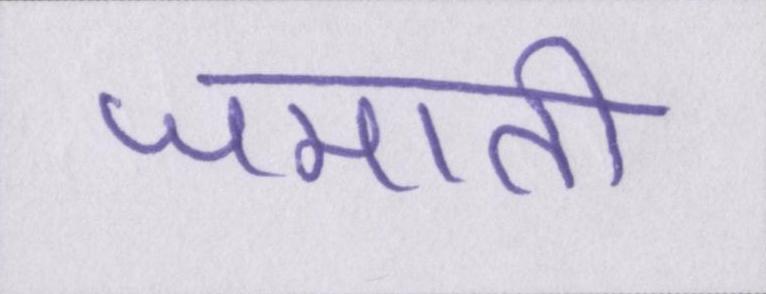
जमाती